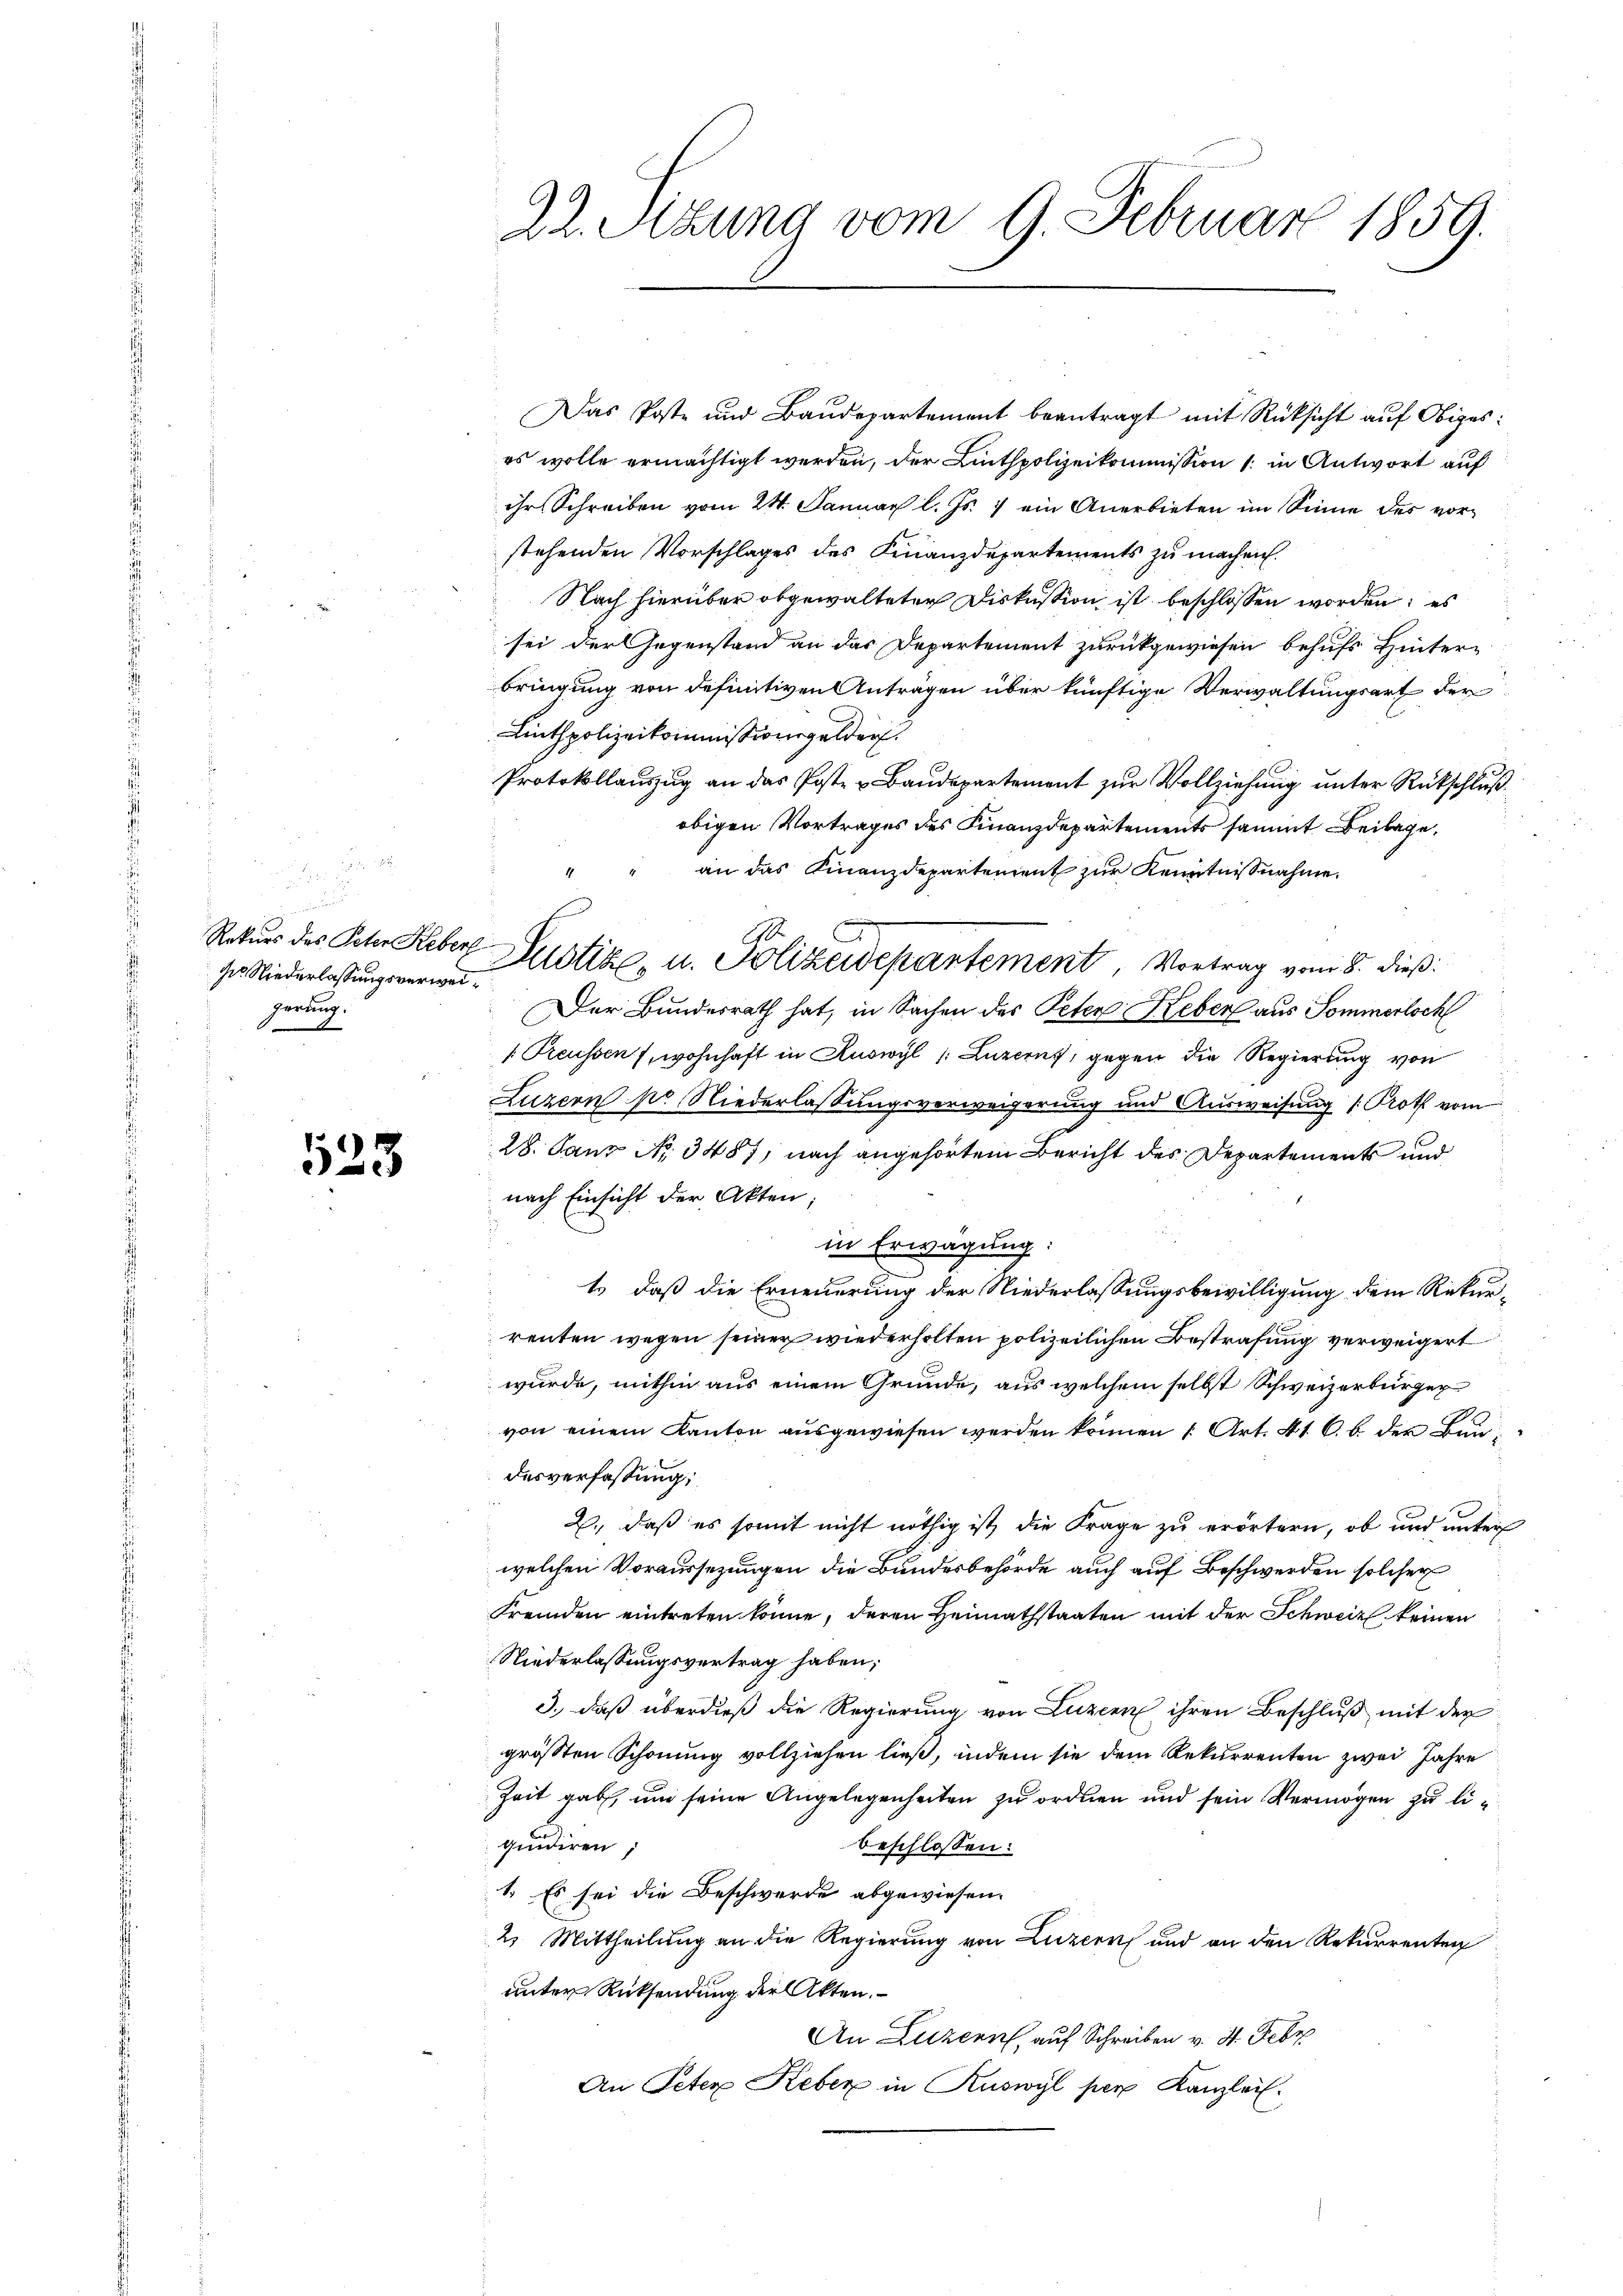
n
des Niederlassungsverweigerung.
t

523

22. Sitzung vom 9. Februar 1859.

Das Poste und Baŭdepartement beantragt mit Rücksicht aŭf Obiges:
es wolle ermächtigt werden, der Linthpolizeikommission 1. in Antwort auf
ihr Schreiben vom 24. Januar l. Js. 7 ein Anerbieten im Sinne des vorstehenden Vorschlages des Finanzdepartements zu machen.
Nach hierüber abgewalteten Diskussion ist beschlossen worden; es
sei der Gegenstand an das Departement zurückgewiesen behufs Hinter-
bringung von definitiven Anträgen über künftige Verwaltungsart der
Linthpolizeikommissionsgelder.
Protokollauszug an das Post- u Baŭdepartement zŭr Vollziehung unter Rückschluß
obigen Vortrages des Finanzdepartements sammt Beilage,
an das Finanzdepartement zur Kenntnisnahme.
4
10.
Rekurs des Peter Reber Justike, u. Polizeidepartement, Vortrag vom 8. dieß:
Der Bundesrath hat, in Sachen des Peten Keber aus Sommerlich
 Preussen, wohnhaft in Ruswyl /: Luzerns, gegen die Regierung von
Luzern pr. Niederlassungsverweigerung und Ausweisung (Proth vom
28. Janz No. 3487, nach angehörtem Bericht des Departements und
nach Einsicht der Akten,
in Erwägung:
1) daß die Erneuerung der Niederlassungsbewilligung dem Rekurrenten wegen seiner wiederholten polizeilichen Bestrafung verweigert
wurde, mithin aus einem Gründe, aus welchem selbst Schweizerbürger
von einem Kanton ausgewiesen werden können (Art. 416. b. der Baudesverfassung:
2., daß es somit nicht nöthig ist, die Frage zu erörtern, ob und unter
welchen Voraussezungen die Bundesbehörde auch auf Beschwerden solcher
Fremden eintreten könne, deren Heimathstaaten mit der Schweiz keinen
Niederlassungsvertrag haben;
3., daß überdieß die Regierung von Luzern ihren Beschluß mit der
größten Schonung vollziehen ließ, indem sie dem Rekurrenten zwei Jahre
Zeit gab, um seine Angelegenheiten zu ordnen und sein Vermögen zu liquidiren;
beschlossen:
1. Es sei die Beschwerde abgewiesen.
2. Mittheilung an die Regierung von Luzern und an den Rekurrenten
unter Rücksendung der Akten.
An Luzern, auf Schreiben v. 4. Febr
An Peter Reber in Ruswyl per Kanzlei.